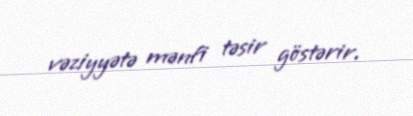
vəziyyətə mənfi təsir göstərir.